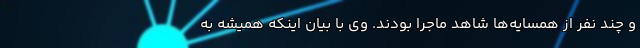
و چند نفر از همسایه‌ها شاهد ماجرا بودند. وی با بیان اینکه همیشه به